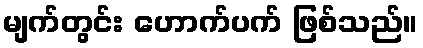
မျက်တွင်း ဟောက်ပက် ဖြစ်သည်။